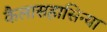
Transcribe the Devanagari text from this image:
कैलासहासिन्या